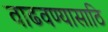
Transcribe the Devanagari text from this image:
वाढवण्यासाठि